Annual report of the Imperial Bacteriological Laboratory, Muktesar
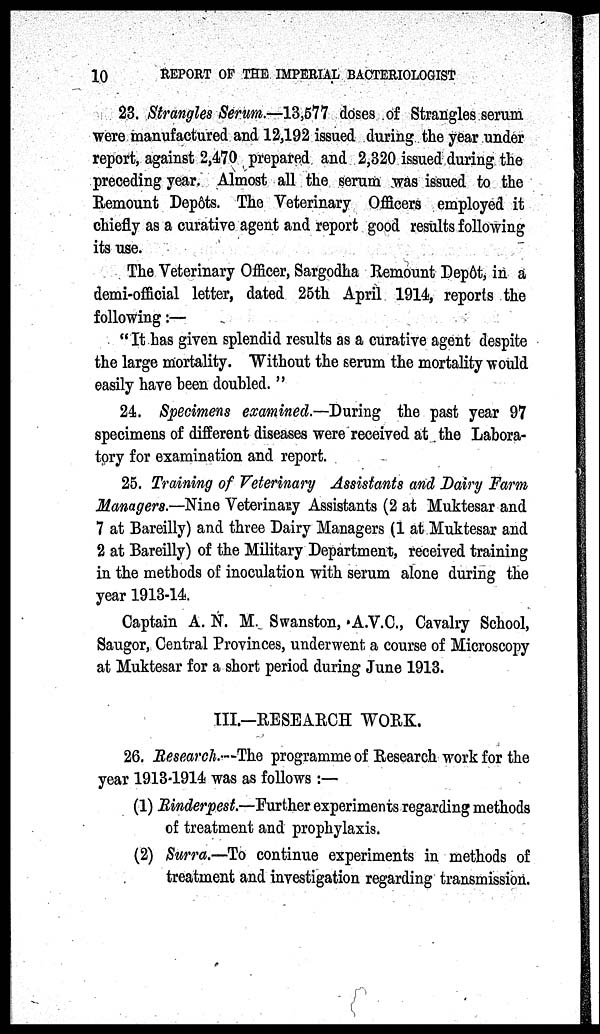
10
REPORT OF THE IMPERIAL BACTERIOLOGIST
23. Strangles Serum.-13,577 doses of Strangles serum
were manufactured and 12,192 issued during the year under
report, against 2,470 prepared and 2,320 issued during the
preceding year. Almost all the serum was issued to the
Remount Depôts. The Veterinary Officers employed it
chiefly as a curative agent and report good results following
its use.
The Veterinary Officer, Sargodha Remount Depôt, in a
demi-official letter, dated 25th April 1914, reports the
following:—
"It has given splendid results as a curative agent despite
the large mortality. Without the serum the mortality would
easily have been doubled. "
24. Specimens examined.-During the past year 97
specimens of different diseases were received at the Labora-
tory for examination and report.
25. Training of Veterinary Assistants and Dairy Farm
Managers.—Nine Veterinary Assistants (2 at Muktesar and
7 at Bareilly) and three Dairy Managers (1 at Muktesar and
2 at Bareilly) of the Military Department, received training
in the methods of inoculation with serum alone during the
year 1913-14.
Captain A. N. M. Swanston, A.V.C., Cavalry School,
Saugor, Central Provinces, underwent a course of Microscopy
at Muktesar for a short period during June 1913.
III.-RESEARCH WORK.
26. Research.—The programme of Research work for the
year 1913-1914 was as follows :—
(1) Rinderpest.-Further experiments regarding methods
of treatment and prophylaxis.
(2) Surra.—To continue experiments in methods of
treatment and investigation regarding transmission.